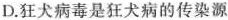
D.狂犬病毒是狂犬病的传染源